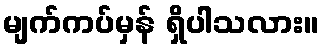
မျက်ကပ်မှန် ရှိပါသလား။